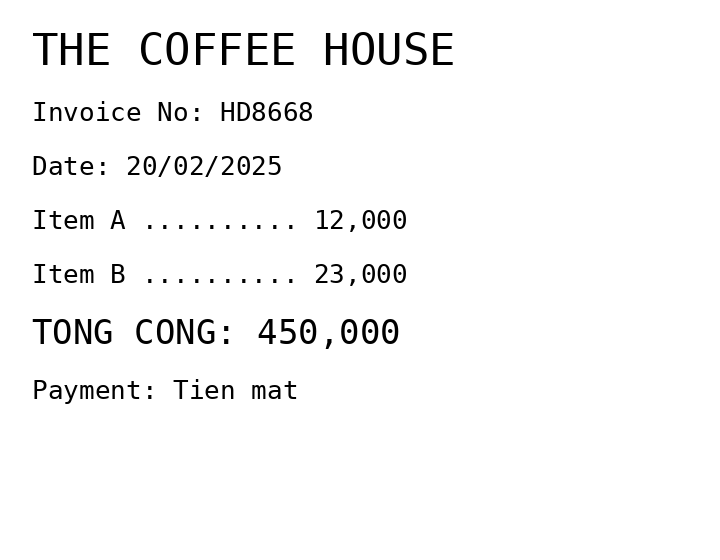
THE COFFEE HOUSE
Invoice No: HD8668
Date: 20/02/2025
Item A .......... 12,000
Item B .......... 23,000
TONG CONG: 450,000
Payment: Tien mat
Merchant: the coffee house
Date: 2025-02-20
Total: 450000
Invoice No: HD8668
Payment method: CASH